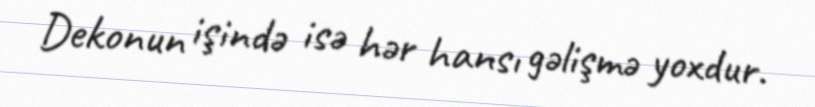
Dekonun işində isə hər hansı gəlişmə yoxdur.